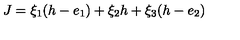
J = \xi _ { 1 } ( h - e _ { 1 } ) + \xi _ { 2 } h + \xi _ { 3 } ( h - e _ { 2 } )